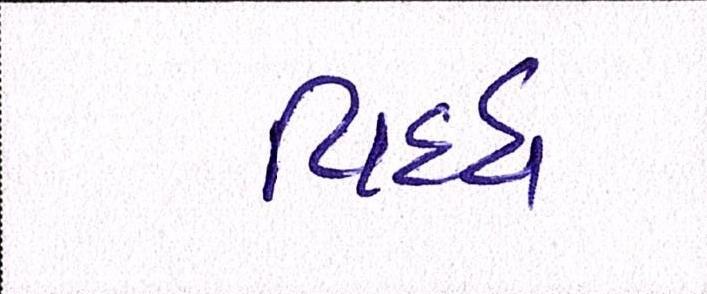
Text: વિધ્ધ